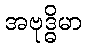
အဗုဒ္ဓိမာ